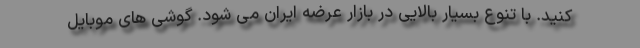
کنید. با تنوع بسیار بالایی در بازار عرضه ایران می شود. گوشی های موبایل